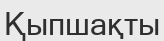
Қыпшақты